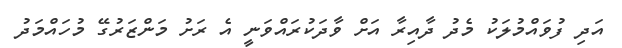
އަދި ފުވައްމުލަކު މެދު ދާއިރާ އަށް ވާދަކުރައްވަނީ އެ ރަށު މަންޒަރުގޭ މުހައްމަދު